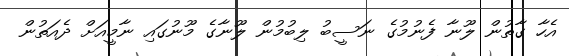
އެހާ ގާތުން ލޫނާ ފެނުމުގެ ނަސީބު ލިބުމުން ލޫނާގެ މޫނުގައި ނާމީއަށް ދެއަތުން